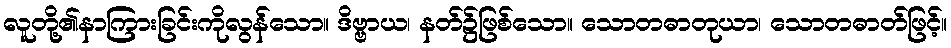
လူတို့၏နာကြားခြင်းကိုလွန်သော။ ဒိဗ္ဗာယ၊ နတ်၌ဖြစ်သော။ သောတဓာတုယာ၊ သောတဓာတ်ဖြင့်။